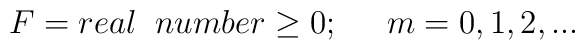
F = real \;\; number \geq 0; \;\;\;\;\; m= 0, 1, 2,...